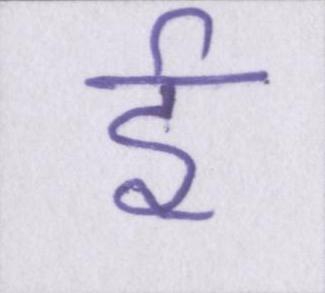
ई